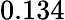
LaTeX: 0.134